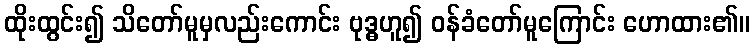
ထိုးထွင်း၍ သိတော်မူမှလည်းကောင်း ဗုဒ္ဓဟူ၍ ဝန်ခံတော်မူကြောင်း ဟောထား၏။